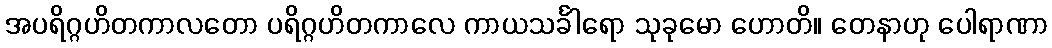
အပရိဂ္ဂဟိတကာလတော ပရိဂ္ဂဟိတကာလေ ကာယသင်္ခါရော သုခုမော ဟောတိ။ တေနာဟု ပေါရာဏာ